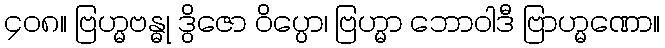
၄၀၈။ ဗြဟ္မဗန္ဓု ဒွိဇော ဝိပ္ပော၊ ဗြဟ္မာ ဘောဝါဒီ ဗြာဟ္မဏော။